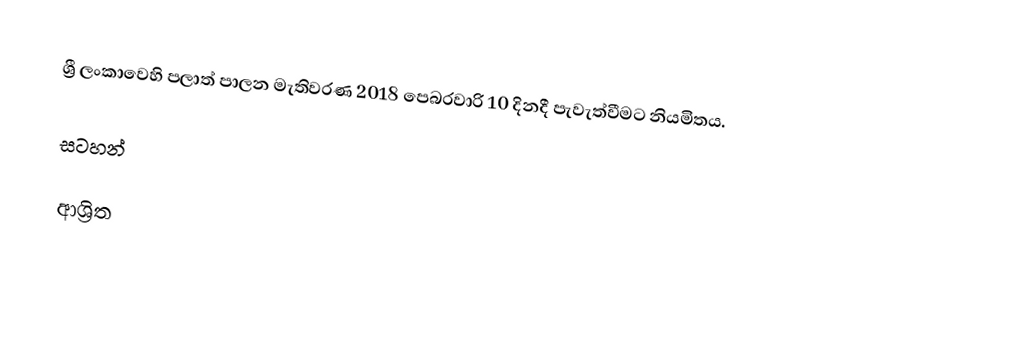
ශ්‍රී ලංකාවෙහි පලාත් පාලන මැතිවරණ 2018 පෙබරවාරි 10 දිනදී පැවැත්වීමට නියමිතය.

සටහන්

ආශ්‍රිත